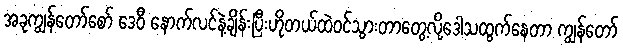
အခုကျွန်တော်စော် ဒေဝီ နောက်လင်နဲ့ချိန်းပြီးဟိုတယ်ထဲဝင်သွားတာတွေ့လို့ဒေါသထွက်နေတာ ကျွန်တော်